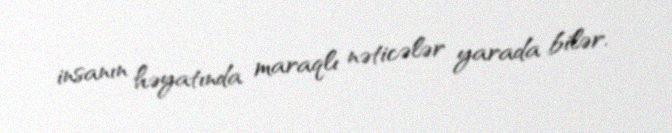
insanın həyatında maraqlı nəticələr yarada bilər.